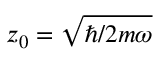
z _ { 0 } = \sqrt { \hbar / 2 m \omega }